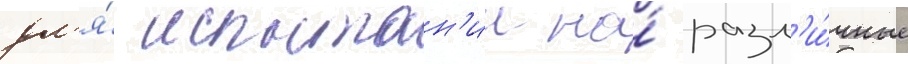
дл'я́ испытан'ии на́ разл'и́чные